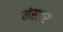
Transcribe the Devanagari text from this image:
मंसटर